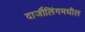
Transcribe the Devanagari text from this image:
दार्जीलिंगमधील